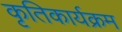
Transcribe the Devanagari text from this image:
कृतिकार्यक्रम